Indian journal of veterinary science and animal husbandry - Volume 8,
Year: 1938
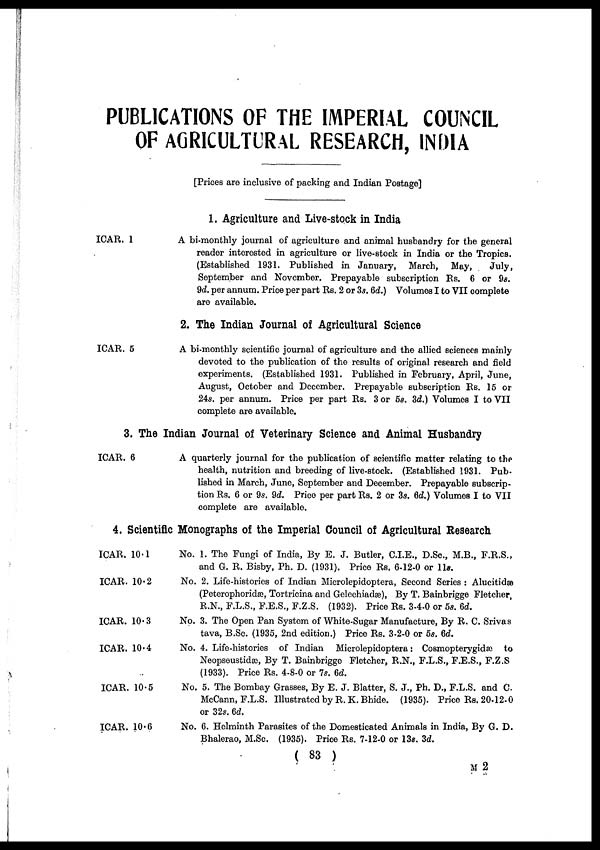
PUBLICATIONS OF THE IMPERIAL COUNCIL
OF AGRICULTURAL RESEARCH, INDIA
[Prices are inclusive of packing and Indian Postage]
1. Agriculture and Live-stock in India
ICAR. 1
A bi-monthly journal of agriculture and animal husbandry for the general
reader interested in agriculture or live-stock in India or the Tropics.
(Established 1931. Published in January, March, May,
July,
September and November. Prepayable subscription Rs. 6 or 9s.
9d. per annum. Price per part Rs. 2 or 3s. 6d.) Volumes I to VII complete
are available.
2. The Indian Journal of Agricultural Science
ICAR. 5
A bi-monthly scientific journal of agriculture and the allied sciences mainly
devoted to the publication of the results of original research and field
experiments. (Established 1931. Published in February, April, June,
August, October and December. Prepayable subscription Rs. 15 or
24s. per annum. Price per part Rs. 3 or 5s. 3d.) Volumes I to VII
complete are available.
3. The Indian Journal of Veterinary Science and Animal Husbandry
ICAR. 6
A quarterly journal for the publication of scientific matter relating to the
health, nutrition and breeding of live-stock. (Established 1931. Pub-
lished in March, June, September and December. Prepayable subscrip-
tion Rs. 6 or 9s. 9d. Price per part Rs. 2 or 3s. 6d.) Volumes I to VII
complete are available.
4. Scientific Monographs of the Imperial Council of Agricultural Research
ICAR. 10.1
ICAR. 10.2
ICAR. 10.3
ICAR. 10.4
ICAR. 10.5
ICAR. 10.6
No. 1. The Fungi of India, By E. J. Butler, C.I.E., D.Sc., M.B., F.R.S.,
and G. R. Bisby, Ph. D. (1931). Price Rs. 6-12-0 or 11s.
No. 2. Life-histories of Indian Microlepidoptera, Second Series : Alucitidæ
(Peterophoridæ, Tortricina and Gelechiadæ), By T. Bainbrigge Fletcher,
R.N., F.L.S., F.E.S., F.Z.S. (1932). Price Rs. 3-4-0 or 5s. 6d.
No. 3. The Open Pan System of White-Sugar Manufacture, By R. C. Srivas
tava, B.Sc. (1935, 2nd edition.) Price Rs. 3-2-0 or 5s. 6d.
No. 4. Life-histories of Indian Microlepidoptera : Cosmopterygidæ to
Neopseustidæ, By T. Bainbrigge Fletcher, R.N., F.L.S., F.E.S., F.Z.S
(1933). Price Rs. 4-8-0 or 7s. 6d.
No. 5. The Bombay Grasses, By E. J. Blatter, S. J., Ph. D., F.L.S. and C
McCann, F.L.S. Illustrated by R. K. Bhide. (1935). Price Rs. 20-12-0
or 32s. 6d.
No. 6. Helminth Parasites of the Domesticated Animals in India, By G. D.
Bhalerao, M.Sc. (1935). Price Rs. 7-12-0 or 13s. 3d.
( 83 )
M 2